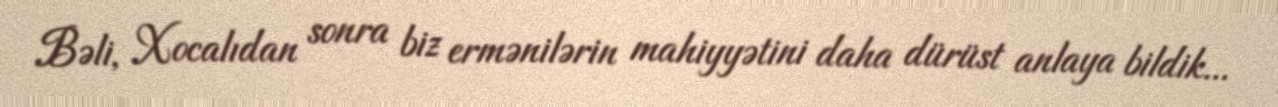
Bəli, Xocalıdan sonra biz ermənilərin mahiyyətini daha dürüst anlaya bildik...